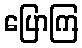
ပြောကြ